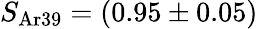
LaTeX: S_{\mathrm{Ar39}}=(0.95\pm 0.05)